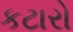
કટારો